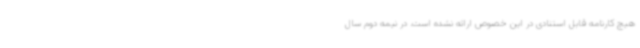
هیچ کارنامه قابل استنادی در این خصوص ارائه نشده است. در نیمه دوم سال